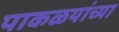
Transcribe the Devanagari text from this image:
पाकळयांच्या